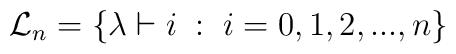
{\cal L}_n =\{ \lambda \vdash i \; : \; i=0,1,2,...,n \}